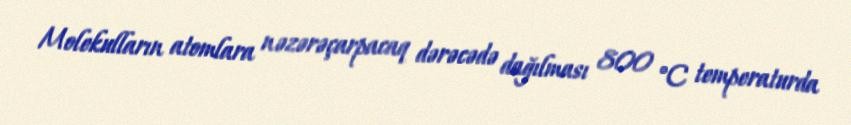
Molekulların atomlara nəzərəçarpacaq dərəcədə dağılması 800 °C temperaturda